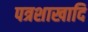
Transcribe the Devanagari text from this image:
पत्रशाखादि